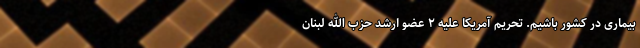
بیماری در کشور باشیم. تحریم آمریکا علیه ۲ عضو ارشد حزب الله لبنان